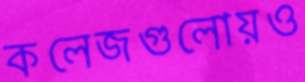
কলেজগুলোয়ও